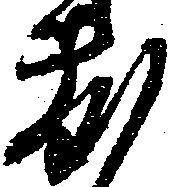
敷